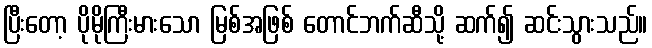
ပြီးတော့ ပိုမိုကြီးမားသော မြစ်အဖြစ် တောင်ဘက်ဆီသို့ ဆက်၍ ဆင်းသွားသည်။